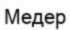
Медер